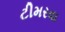
ટીમરવા